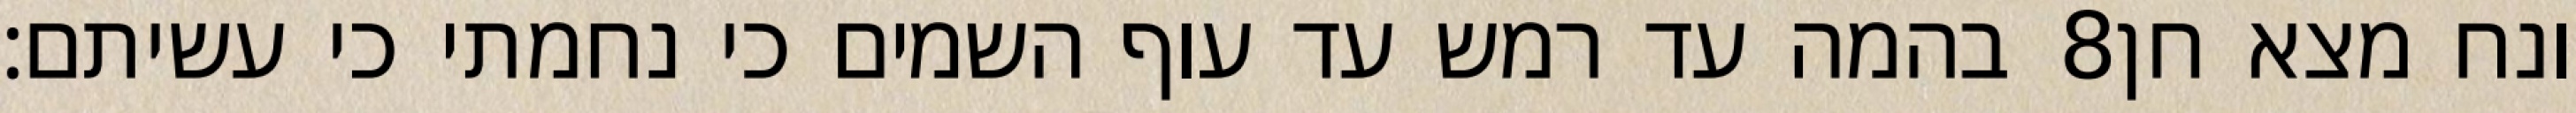
בהמה עד רמש עד עוף השמים כי נחמתי כי עשיתם׃ ‎8‏ ונח מצא חן